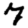
Digit: 7